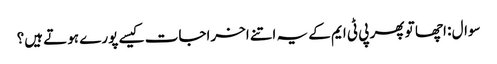
سوال : اچھا تو پھر پی ٹی ایم کے یہ اتنے اخراجات کیسے پورے ہوتے ہیں؟